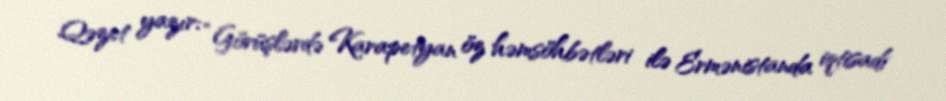
Qəzet yazır: “Görüşlərdə Karapetyan öz həmsöhbətləri ilə Ermənistanda iqtisadi